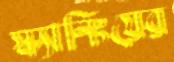
স্ক্যানিংয়ের